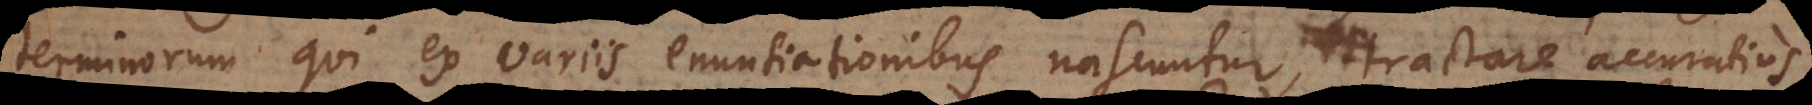
terminorum qui ex variis enuntiationibus nascuntur, tractare accuratius.